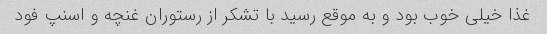
غذا خیلی خوب بود و به موقع رسید با تشکر از رستوران غنچه و اسنپ فود